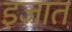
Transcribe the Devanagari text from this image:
इजात